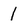
Character: 1